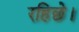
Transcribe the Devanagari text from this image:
रहिछे।